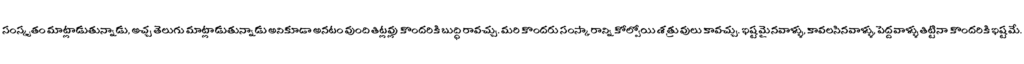
సంస్కృతం మాట్లాడుతున్నాడు, అచ్చ తెలుగు మాట్లాడుతున్నాడు అనికూడా అనటం వుంది తిట్లవ్లు కొందరికి బుద్ధి రావచ్చు. మరి కొందరు సంస్కారాన్ని కోల్పోయి శత్రువులు కావచ్చు. ఇష్టమైనవాళ్ళు, కావలసినవాళ్ళు, పెద్దవాళ్ళు తిట్టినా కొందరికి ఇష్టమే.